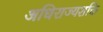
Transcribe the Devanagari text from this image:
अधिराज्यशक्ति